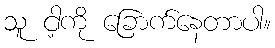
သူ ငါ့ကို ခြောက်နေတာပါ။